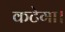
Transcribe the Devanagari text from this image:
कटेगा।